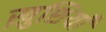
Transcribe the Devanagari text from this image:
ख़ुशियाँ